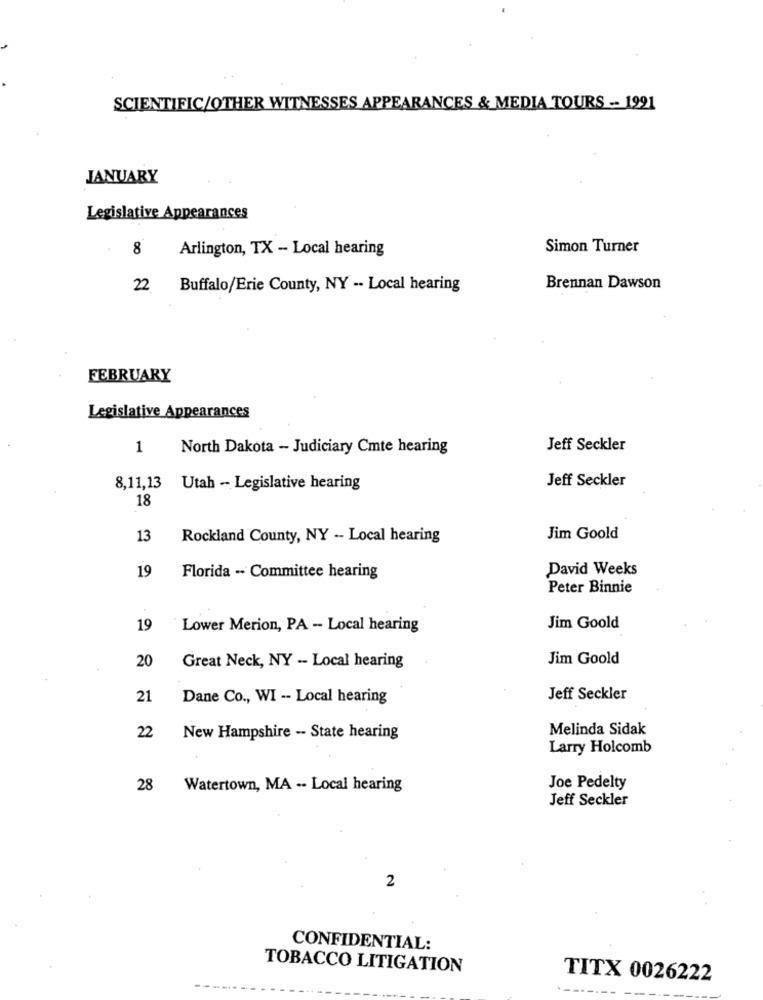
SCIENTIFIC/OTHER WITNESSES APPEARANCES & MEDIA TOURS -- 1991
JANUARY
Legislative Appearances
8
Arlington, TX - Local hearing
Simon Turner
22
Buffalo/Erie County, NY -- Local hearing
Brennan Dawson
FEBRUARY
Legislative Appearances
1
North Dakota - Judiciary Cmte hearing
Jeff Seckler
Jeff Seckler
8,11,13
Utah -- Legislative hearing
18
13
Rockland County, NY -- Local hearing
Jim Goold
19
David Weeks
Florida -· Committee hearing
Peter Binnie
19
Lower Merion, PA - Local hearing
Jim Goold
20
Jim Goold
Great Neck, NY -- Local hearing
21
Dane Co ., WI -- Local hearing
Jeff Seckler
Melinda Sidak
22
New Hampshire -- State hearing
Larry Holcomb
28
Watertown, MA -- Local hearing
Joe Pedelty
Jeff Seckler
2
CONFIDENTIAL:
TOBACCO LITIGATION
TITX 0026222
------